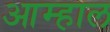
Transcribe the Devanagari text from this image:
आम्हाल